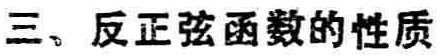
三、反正弦函数的性质